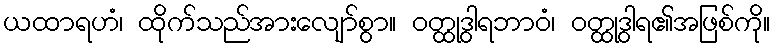
ယထာရဟံ၊ ထိုက်သည်အားလျော်စွာ။ ဝတ္ထုဒွါရဘာဝံ၊ ဝတ္ထုဒွါရ၏အဖြစ်ကို။